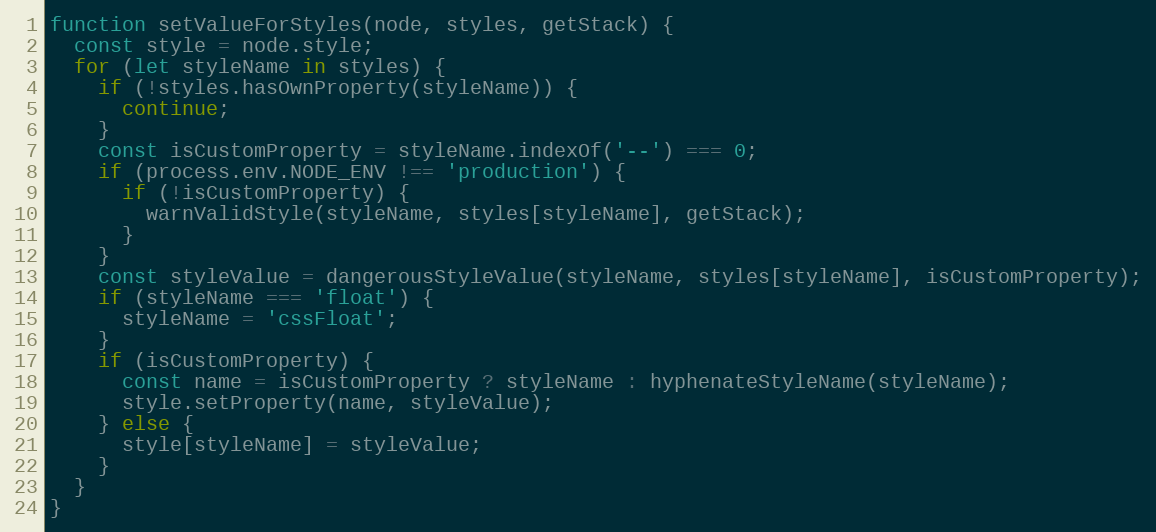
Language: JavaScript
function setValueForStyles(node, styles, getStack) {
  const style = node.style;
  for (let styleName in styles) {
    if (!styles.hasOwnProperty(styleName)) {
      continue;
    }
    const isCustomProperty = styleName.indexOf('--') === 0;
    if (process.env.NODE_ENV !== 'production') {
      if (!isCustomProperty) {
        warnValidStyle(styleName, styles[styleName], getStack);
      }
    }
    const styleValue = dangerousStyleValue(styleName, styles[styleName], isCustomProperty);
    if (styleName === 'float') {
      styleName = 'cssFloat';
    }
    if (isCustomProperty) {
      const name = isCustomProperty ? styleName : hyphenateStyleName(styleName);
      style.setProperty(name, styleValue);
    } else {
      style[styleName] = styleValue;
    }
  }
}